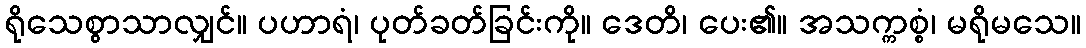
ရိုသေစွာသာလျှင်။ ပဟာရံ၊ ပုတ်ခတ်ခြင်းကို။ ဒေတိ၊ ပေး၏။ အသက္ကစ္စံ၊ မရိုမသေ။